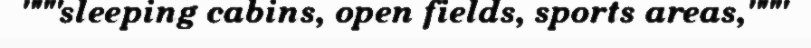
"""sleeping cabins, open fields, sports areas,"""